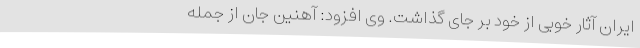
ایران آثار خوبی از خود بر جای گذاشت. وی افزود: آهنین جان از جمله